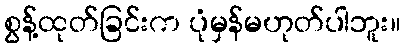
စွန့်ထုတ်ခြင်းက ပုံမှန်မဟုတ်ပါဘူး။